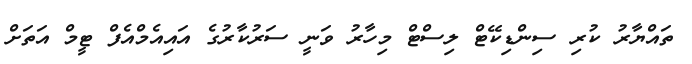
ތައްޔާރު ކުރި ސިންޑިކޭޓް ލިސްޓް މިހާރު ވަނީ ސަރުކާރުގެ އައިއެމްއެފް ޓީމް އަތަށް